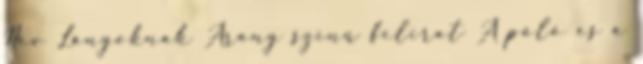
Név Lányoknak Arany színű felirat A póló és a